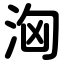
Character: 洶